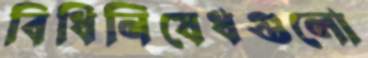
বিধিনিষেধগুলো